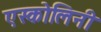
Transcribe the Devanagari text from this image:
एस्कोलिनी